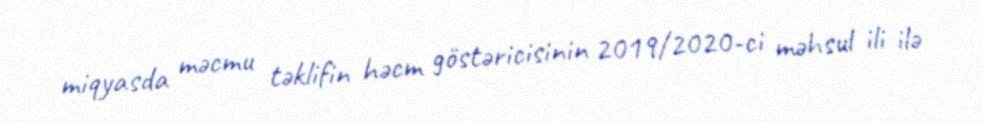
miqyasda məcmu təklifin həcm göstəricisinin 2019/2020-ci məhsul ili ilə